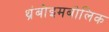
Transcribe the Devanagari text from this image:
थ्रंबोइमबोलिक